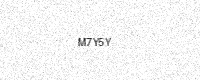
Text: M7Y5Y